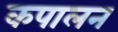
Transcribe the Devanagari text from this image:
कपालन